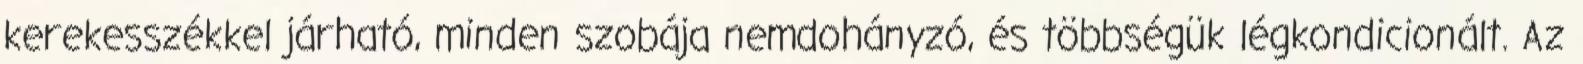
kerekesszékkel járható, minden szobája nemdohányzó, és többségük légkondicionált. Az